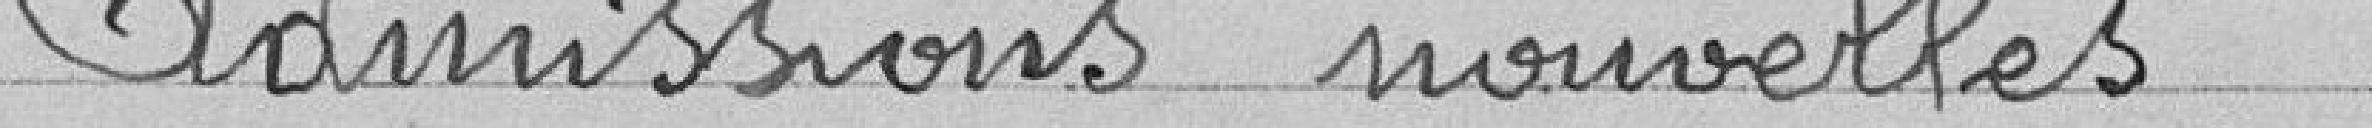
Admissions nouvelles - - - - - - - - - - - - - - - - - -       6